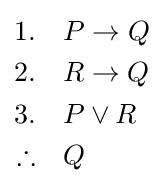
{\begin{aligned}1.\quad &P\to Q\\2.\quad &R\to Q\\3.\quad &P\lor R\\\therefore \quad &Q\end{aligned}}